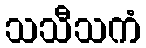
သသီသကံ